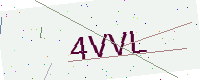
Text: 4VVL